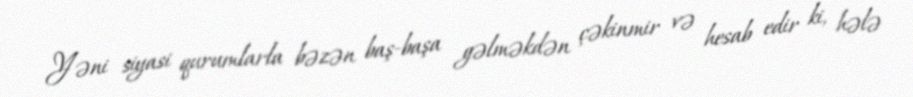
Yəni siyasi qurumlarla bəzən baş-başa gəlməkdən çəkinmir və hesab edir ki, hələ